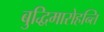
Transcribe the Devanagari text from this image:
बुद्धिमारोहन्ति